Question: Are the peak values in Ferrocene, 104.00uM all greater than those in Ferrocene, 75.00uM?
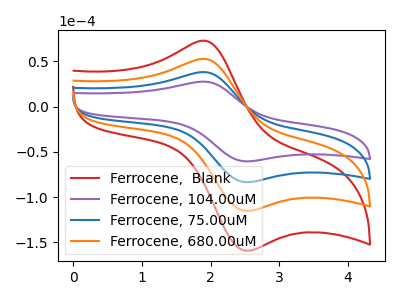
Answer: <think>The red curve "Ferrocene,  Blank" has an anodic peak at (1.90V, 114.80uA) and a cathodic peak at (2.50V, -250.55uA). The purple curve "Ferrocene, 104.00uM" has an anodic peak at (1.90V, 27.70uA) and a cathodic peak at (2.50V, -60.45uA). The blue curve "Ferrocene, 75.00uM" has an anodic peak at (1.90V, 38.25uA) and a cathodic peak at (2.50V, -83.50uA). The orange curve "Ferrocene, 680.00uM" has an anodic peak at (1.90V, 76.55uA) and a cathodic peak at (2.50V, -167.05uA).</think>
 <answer>Every peak in "Ferrocene, 104.00uM" is lower than every peak in "Ferrocene, 75.00uM".</answer>
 <eval>lower</eval>